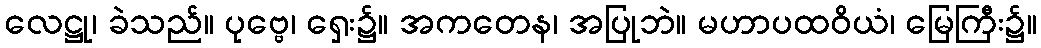
လေဋ္ဌု၊ ခဲသည်။ ပုဗ္ဗေ၊ ရှေး၌။ အကတေန၊ အပြုဘဲ။ မဟာပထဝိယံ၊ မြေကြီး၌။